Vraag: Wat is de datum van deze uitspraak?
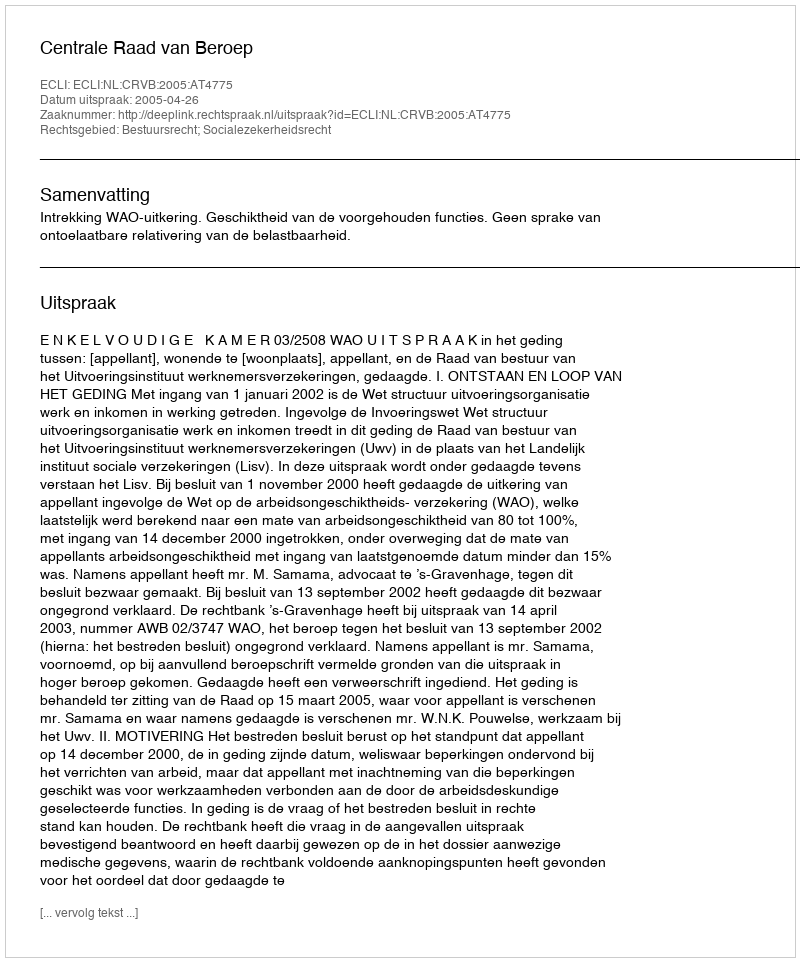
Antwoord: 2005-04-26